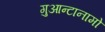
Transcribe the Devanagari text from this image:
गुआन्टानामो